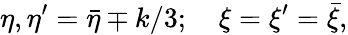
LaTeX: \eta,\eta^{\prime}={\bar{\eta}}\mp k/3;\quad\xi=\xi^{\prime}={\bar{\xi}},